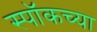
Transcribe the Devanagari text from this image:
स्पॉकच्या